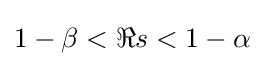
1-\beta <\Re s<1-\alpha